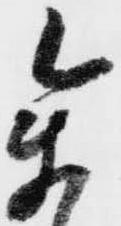
参